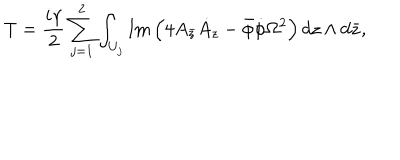
T = \frac { i \gamma } { 2 } \sum _ { j = 1 } ^ { 2 } \int _ { U _ { j } } \mathrm { I m } \left( 4 A _ { \bar { z } } \dot { A } _ { z } - \bar { \phi } \dot { \phi } \Omega ^ { 2 } \right) d z \wedge d \bar { z } ,